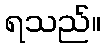
ရသည်။